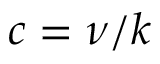
c = \nu / k